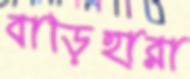
বাড়িহারা